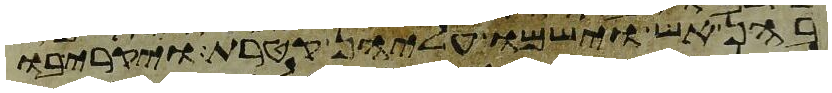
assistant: בהן אש וישמו עליהן קטרת ויקריבו